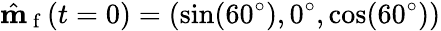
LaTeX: \hat{\mathbf{m}}_{\mathrm{~f~}}(t=0)=(\sin(60^{\circ}),0^{\circ},\cos(60^{\circ}))